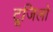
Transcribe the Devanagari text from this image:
टूजिलो